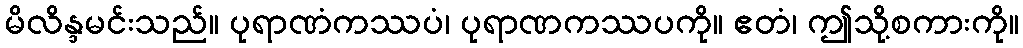
မိလိန္ဒမင်းသည်။ ပုရာဏံကဿပံ၊ ပုရာဏကဿပကို။ ဧတံ၊ ဤသို့စကားကို။